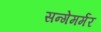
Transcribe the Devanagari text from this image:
सन्गेमर्मर